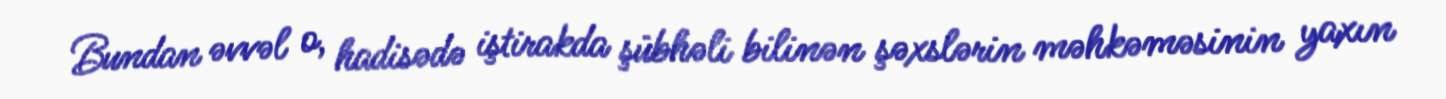
Bundan əvvəl o, hadisədə iştirakda şübhəli bilinən şəxslərin məhkəməsinin yaxın